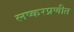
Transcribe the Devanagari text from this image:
लष्करप्रणीत